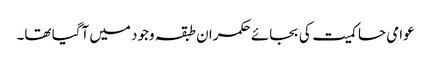
عوامی حاکمیت کی بجائے حکمران طبقہ وجود میں آگیا تھا۔